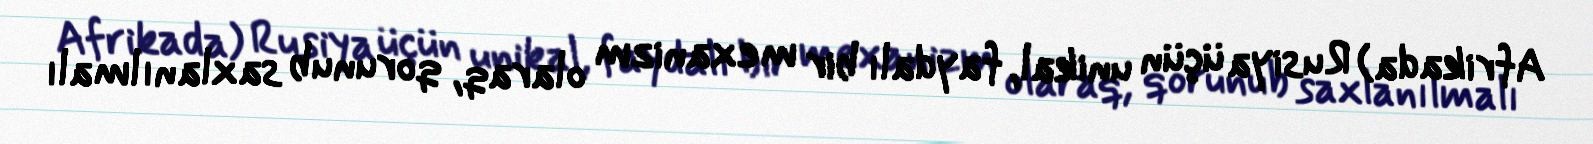
Afrikada) Rusiya üçün unikal, faydalı bir mexanizm olaraq, qorunub saxlanılmalı